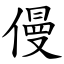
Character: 僈